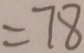
= 7 8